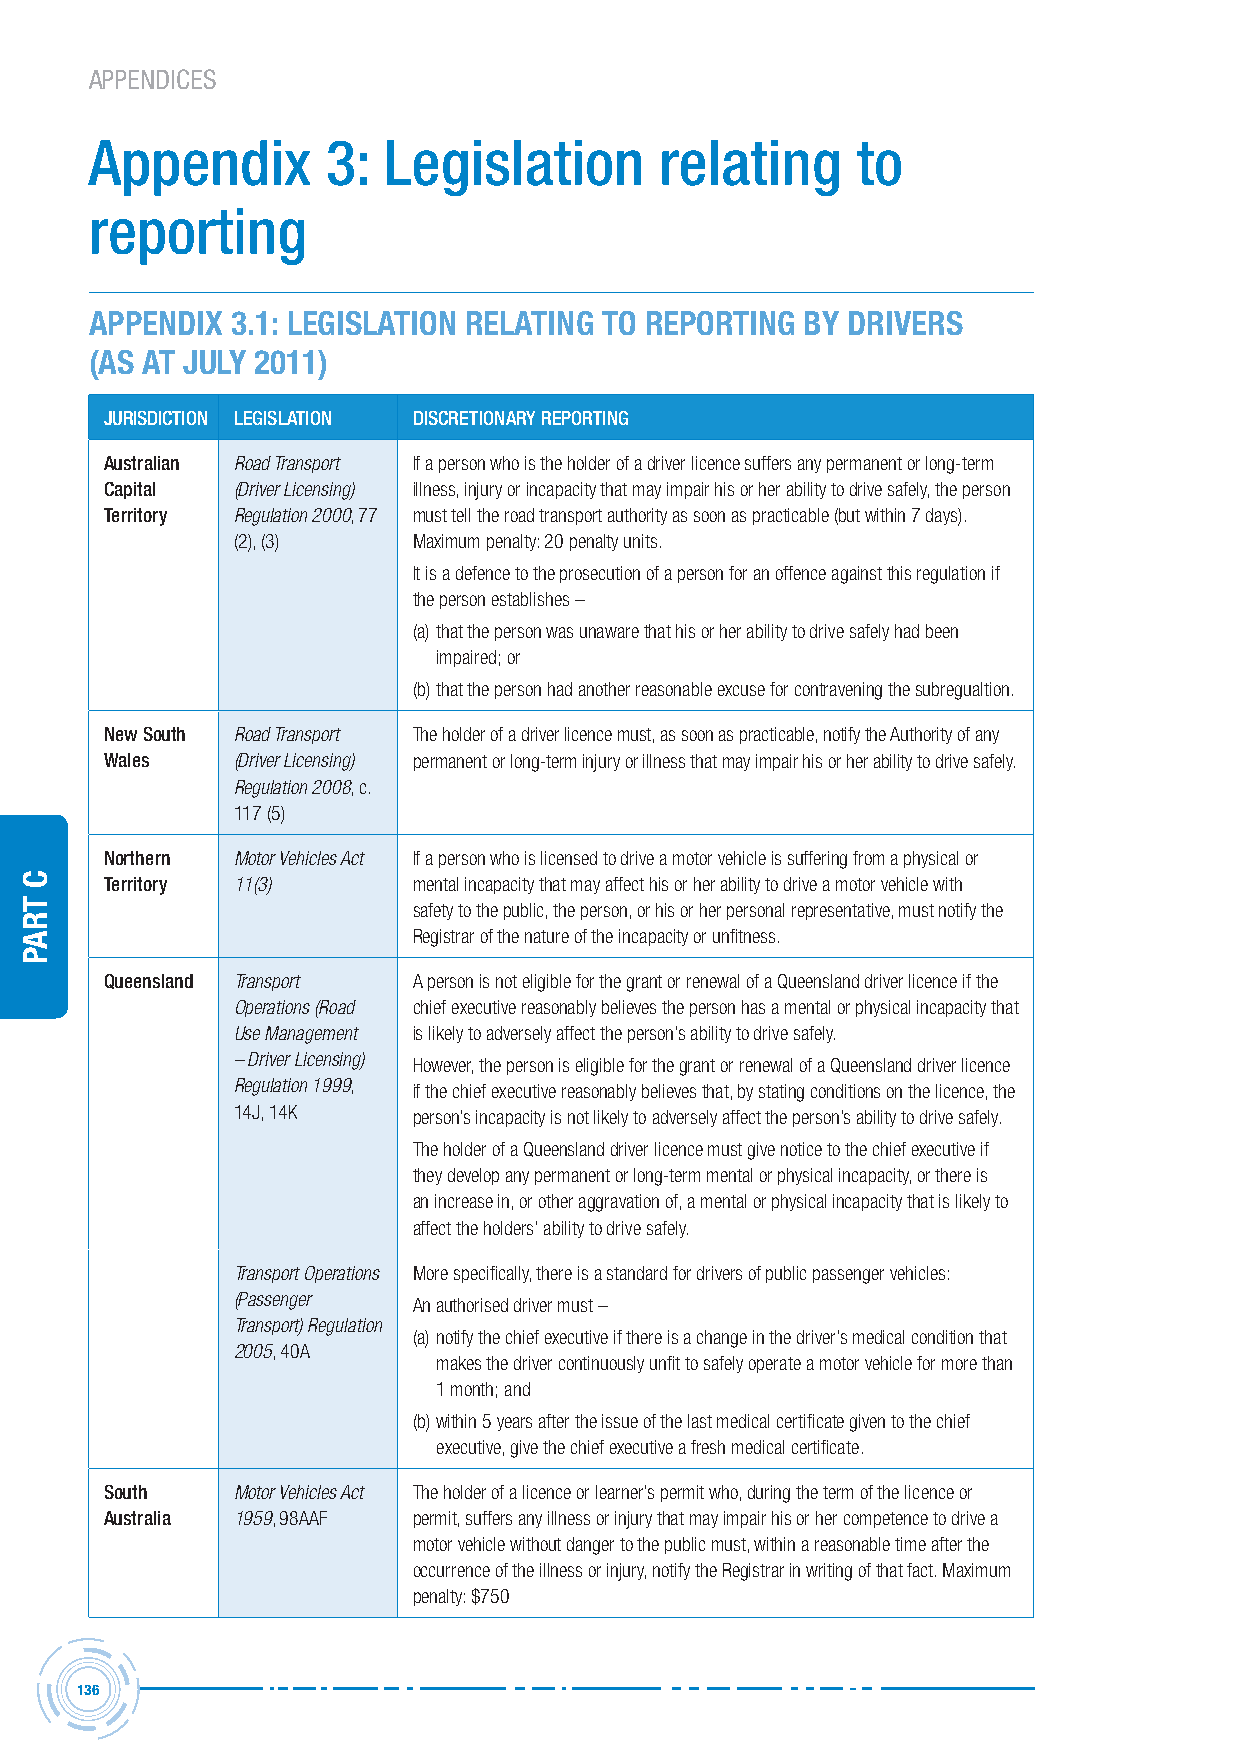
APPENDICES
 Appendix        3: Legislation        relating     to
 reporting
 APPENDIx 3.1: LEGISLATION RELATING TO REPORTING by DRIVERS
 (AS AT JULy 2011)
 JUrisDiction LegisLAtion DiscretionArY rePorting
 Australian Road Transport If a person who is the holder of a driver licence suffers any permanent or long-term
 capital (Driver Licensing) illness, injury or incapacity that may impair his or her ability to drive safely, the person
 territory Regulation 2000, 77 must tell the road transport authority as soon as practicable (but within 7 days).
 (2), (3)    Maximum penalty: 20 penalty units.
 It is a defence to the prosecution of a person for an offence against this regulation if
 the person establishes –
 (a) that the person was unaware that his or her ability to drive safely had been
 impaired; or
 (b) that the person had another reasonable excuse for contravening the subregualtion.
 new south Road Transport The holder of a driver licence must, as soon as practicable, notify the Authority of any
 Wales   (Driver Licensing) permanent or long-term injury or illness that may impair his or her ability to drive safely.
 Regulation 2008, c.
 117 (5)
 northern Motor Vehicles Act If a person who is licensed to drive a motor vehicle is suffering from a physical or
 territory 11(3)     mental incapacity that may affect his or her ability to drive a motor vehicle with
 safety to the public, the person, or his or her personal representative, must notify the
 Registrar of the nature of the incapacity or unfitness.
 Queensland Transport A person is not eligible for the grant or renewal of a Queensland driver licence if the
 Operations (Road chief executive reasonably believes the person has a mental or physical incapacity that
 Use Management is likely to adversely affect the person’s ability to drive safely.
 – Driver Licensing) However, the person is eligible for the grant or renewal of a Queensland driver licence
 Regulation 1999, if the chief executive reasonably believes that, by stating conditions on the licence, the
 14J, 14K    person’s incapacity is not likely to adversely affect the person’s ability to drive safely.
 The holder of a Queensland driver licence must give notice to the chief executive if
 they develop any permanent or long-term mental or physical incapacity, or there is
 an increase in, or other aggravation of, a mental or physical incapacity that is likely to
 affect the holders’ ability to drive safely.
 Transport Operations More specifically, there is a standard for drivers of public passenger vehicles:
 (Passenger  An authorised driver must –
 Transport) Regulation
 (a) notify the chief executive if there is a change in the driver’s medical condition that
 2005, 40A
 makes the driver continuously unfit to safely operate a motor vehicle for more than
 1 month; and
 (b) within 5 years after the issue of the last medical certificate given to the chief
 executive, give the chief executive a fresh medical certificate.
 south   Motor Vehicles Act The holder of a licence or learner’s permit who, during the term of the licence or
 Australia 1959, 98AAF permit, suffers any illness or injury that may impair his or her competence to drive a
 motor vehicle without danger to the public must, within a reasonable time after the
 occurrence of the illness or injury, notify the Registrar in writing of that fact. Maximum
 penalty: $750
 136
 C
 traP